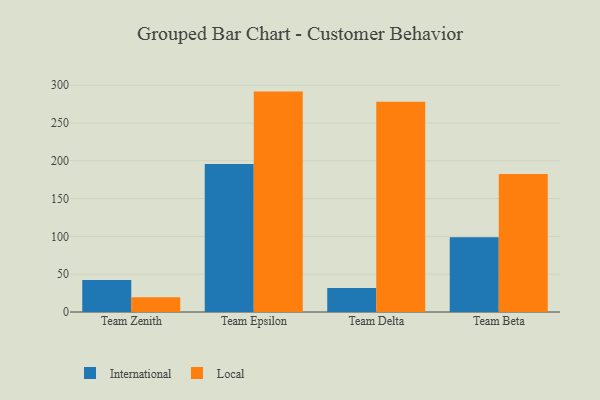
{"axis": {"x": "Team", "y": "Shipments"}, "legend": ["International", "Local"], "data": [{"x": "Team Zenith", "y": 42.4, "type": "International"}, {"x": "Team Zenith", "y": 19.4, "type": "Local"}, {"x": "Team Epsilon", "y": 195.9, "type": "International"}, {"x": "Team Epsilon", "y": 291.5, "type": "Local"}, {"x": "Team Delta", "y": 31.9, "type": "International"}, {"x": "Team Delta", "y": 278.2, "type": "Local"}, {"x": "Team Beta", "y": 98.9, "type": "International"}, {"x": "Team Beta", "y": 182.4, "type": "Local"}]}